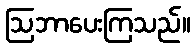
ဩဘာပေးကြသည်။